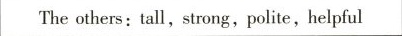
The others: tall, strong , polite , helpful